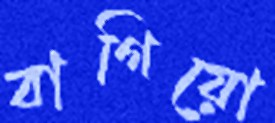
বাগিয়ো